Annual administration report of the Civil Veterinary Department of India - 1900-1901
Year: 1900
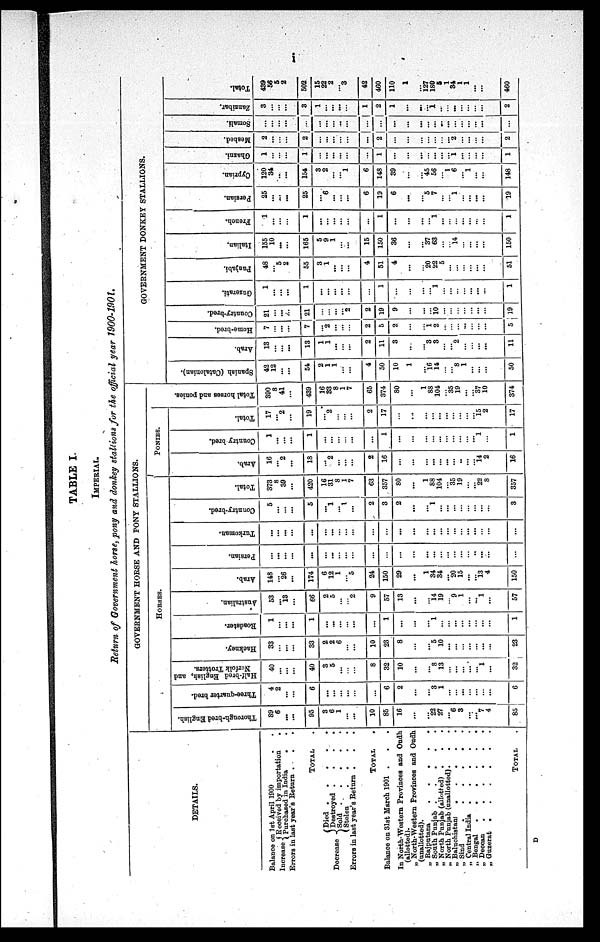
i
TABLE I.
IMPERIAL.
Return of Government horse, pony and donkey stallions for the official year 1900-1901.
DETAILS.
Balance on 1st April 1900 . .
Received
by importation
. .
Increase Purchased in India . . . .
Errors in last year's Return . . . .
TOTAL .
Died
.
.
.
.
.
Decrease
Destroyed
.
.
.
.
Sold . . . . .
Stolen
.
.
.
.
Errors in last year's Return .
.
.
TOTAL
.
Balance on 31st March 1901 . . .
In North-Western Provinces and Oudh
(allotted).
„ North-Western Provinces and Oudh
(unallotted).
„ Rajputana . . . . .
„ South Punjab . . . . .
„ North Punjab (allotted) . . .
„ North Punjab (unallotted). . .
„ Baluchistan . . . . .
„ Sind . . . . .
„ Central India . . . . .
„ Bengal
.
.
.
.
.
.
„ Deccan
.
.
.
.
.
.
„ Guzerat
.
.
.
.
.
.
TOTAL
GOVERNMENT HORSE AND PONT STALLIONS.
HORSES.
Thorough-bred English.
89
6
...
...
95
3
6
1
...
...
10
85
16
...
... 22
27
...
6
3
...
...
7
4
85
Three-quarter bred.
4
2
...
...
6
...
...
...
...
...
...
6
2
...
... 3
1
...
...
...
...
...
... ...
6
Half-bred English, and
Norfolk Trotters.
40
...
... ...
40
8
5
...
... ...
8
32
10
...
8
13
...
...
...
...
...
1
...
32
Hackney.
33
...
... ...
33
2
2
6
... ...
10
23
8
...
... 5
10
...
...
...
...
...
... ...
23
Roadster.
1
...
... ...
1
...
...
...
... ...
...
1
...
...
... 1
...
...
...
...
...
...
... ...
1
Australian.
53
...
13
...
66
2
5
...
...
2
9
57
13
...
... 14
19
9
1
...
...
1
...
57
Arab.
148
...
26
...
174
6
12
1
... 5
24
150
29
...
1
34
31
... 20
15
...
...
13
4
150
Persian.
...
...
...
...
...
...
...
...
... ...
...
...
...
...
...
...
...
...
...
...
...
...
...
...
...
Turkoman.
...
...
... ...
...
...
...
...
... ...
...
...
...
...
...
...
...
...
...
...
...
...
... ...
...
Country-bred.
5
...
... ...
5
...
1
...
1
...
2
3
2
...
... 1
...
...
...
...
...
...
... ...
3
Total.
373
8
39
...
420
16
31
8
1
7
63
357
80
...
1
88
104
... 35
19
...
...
22
8
357
PONIES.
Arab.
16
...
2
...
18
...
2
...
... ...
2
16
...
...
...
...
...
...
...
...
...
...
14
2
16
Country bred.
1
...
... ...
1
...
...
...
... ...
...
1
...
...
...
...
...
...
...
...
...
...
1
...
1
Total.
17
...
2
...
19
...
2
...
... ...
2
17
...
...
...
...
...
...
...
...
...
...
15
2
17
Total horses and ponies.
390
8
41
...
439
16
33
8
1
7
65
374
80
...
1
88
104
... 35
19
...
....
37
10
374
GOVERNMENT DONKEY STALLIONS.
Spanish (Catalonian).
42
12
...
...
54
2
1
1
... ...
4
50
10
1
... 16
14
...
... 8
1
...
...
...
50
Arab.
13
...
...
...
13
1
1
...
...
...
2
11
3
...
... 3
8
...
... 2
......
...
.....
...
11
Home-bred.
7
...
...
...
7
...
2
...
...
...
2
5
2
...
1
2
...
...
...
...
...
...
...
5
Country-bred.
21
...
...
...
21
...
...
...
... 2
2
19
9
...
...
...
10
...
...
...
...
...
...
...
19
Gnzerati.
...
...
...
...
...
...
...
...
...
...
...
...
...
...
...
...
...
...
...
...
...
...
...
...
1
Punjabi.
48
...
5
2
55
3
1
...
...
...
4
51
4
...
... 20
22
5
...
...
...
...
...
...
51
Italian.
155
10
...
...
165
5
9
1
...
...
15
150
36
...
... 37
63
...
... 14
...
...
...
...
150
French.
1
...
...
...
1
...
...
...
...
...
...
1
...
...
...
...
1
...
...
...
...
...
...
...
1
Persian.
25
...
...
...
25
...
6
...
...
...
6
19
6
...
... 5
7
...
... 1
...
...
...
...
19
Cyprian.
120
34
...
...
154
3
2
...
... 1
6
148
39
...
... 45
56
... 1
6
...
1
...
...
148
Ghazni.
1
...
...
...
1
...
...
...
...
...
...
1
...
...
...
...
...
...
... 1
...
...
...
...
1
Meshed.
2
...
...
...
2
...
...
...
...
...
...
2
...
...
...
...
...
...
... 2
...
...
...
...
2
Somali.
...
...
...
...
...
...
...
...
...
...
...
...
...
...
...
...
...
...
...
...
...
...
...
...
...
Zanzibar.
3
...
...
...
3
1
... ...
...
...
1
2
1
...
...
...
1
...
...
...
...
...
...
...
2
Total.
439
56
5
2
502
15
22
2
... 3
42
460
110
1
...
127
180
5
1
34
1
1
...
...
460
D